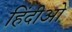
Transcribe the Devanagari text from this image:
हिंदीओ